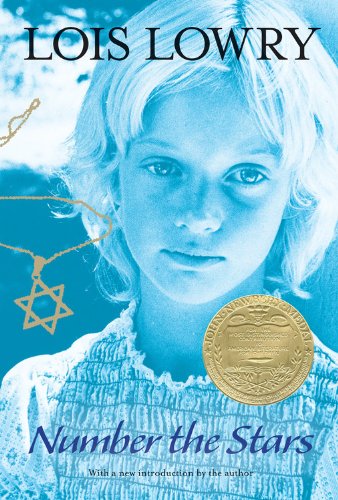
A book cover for Number the Stars; Lois Lowry; Children's Books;